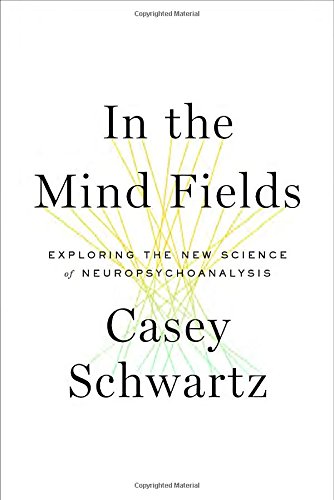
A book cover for In the Mind Fields: Exploring the New Science of Neuropsychoanalysis; Casey Schwartz; Medical Books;